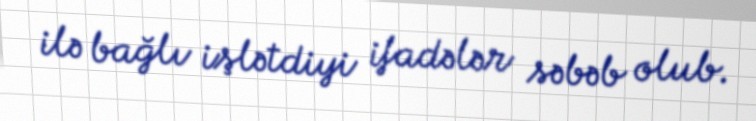
ilə bağlı işlətdiyi ifadələr səbəb olub.